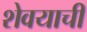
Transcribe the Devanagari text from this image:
शेवयाची